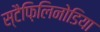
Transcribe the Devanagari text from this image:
स्टैफ़िलिनोडिया